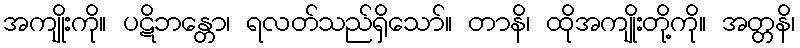
အကျိုးကို။ ပဋိဘန္တော၊ ရလတ်သည်ရှိသော်။ တာနိ၊ ထိုအကျိုးတို့ကို။ အတ္တနိ၊